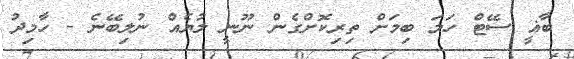
ބާޣީ ސޭޓް ހަމަ ބިމަށް ތިރިކޮށްގެން ނޫނީ ލުޔެއް ނުލިބޭނެ - ހާމިދު